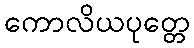
ကောလိယပုတ္တေ